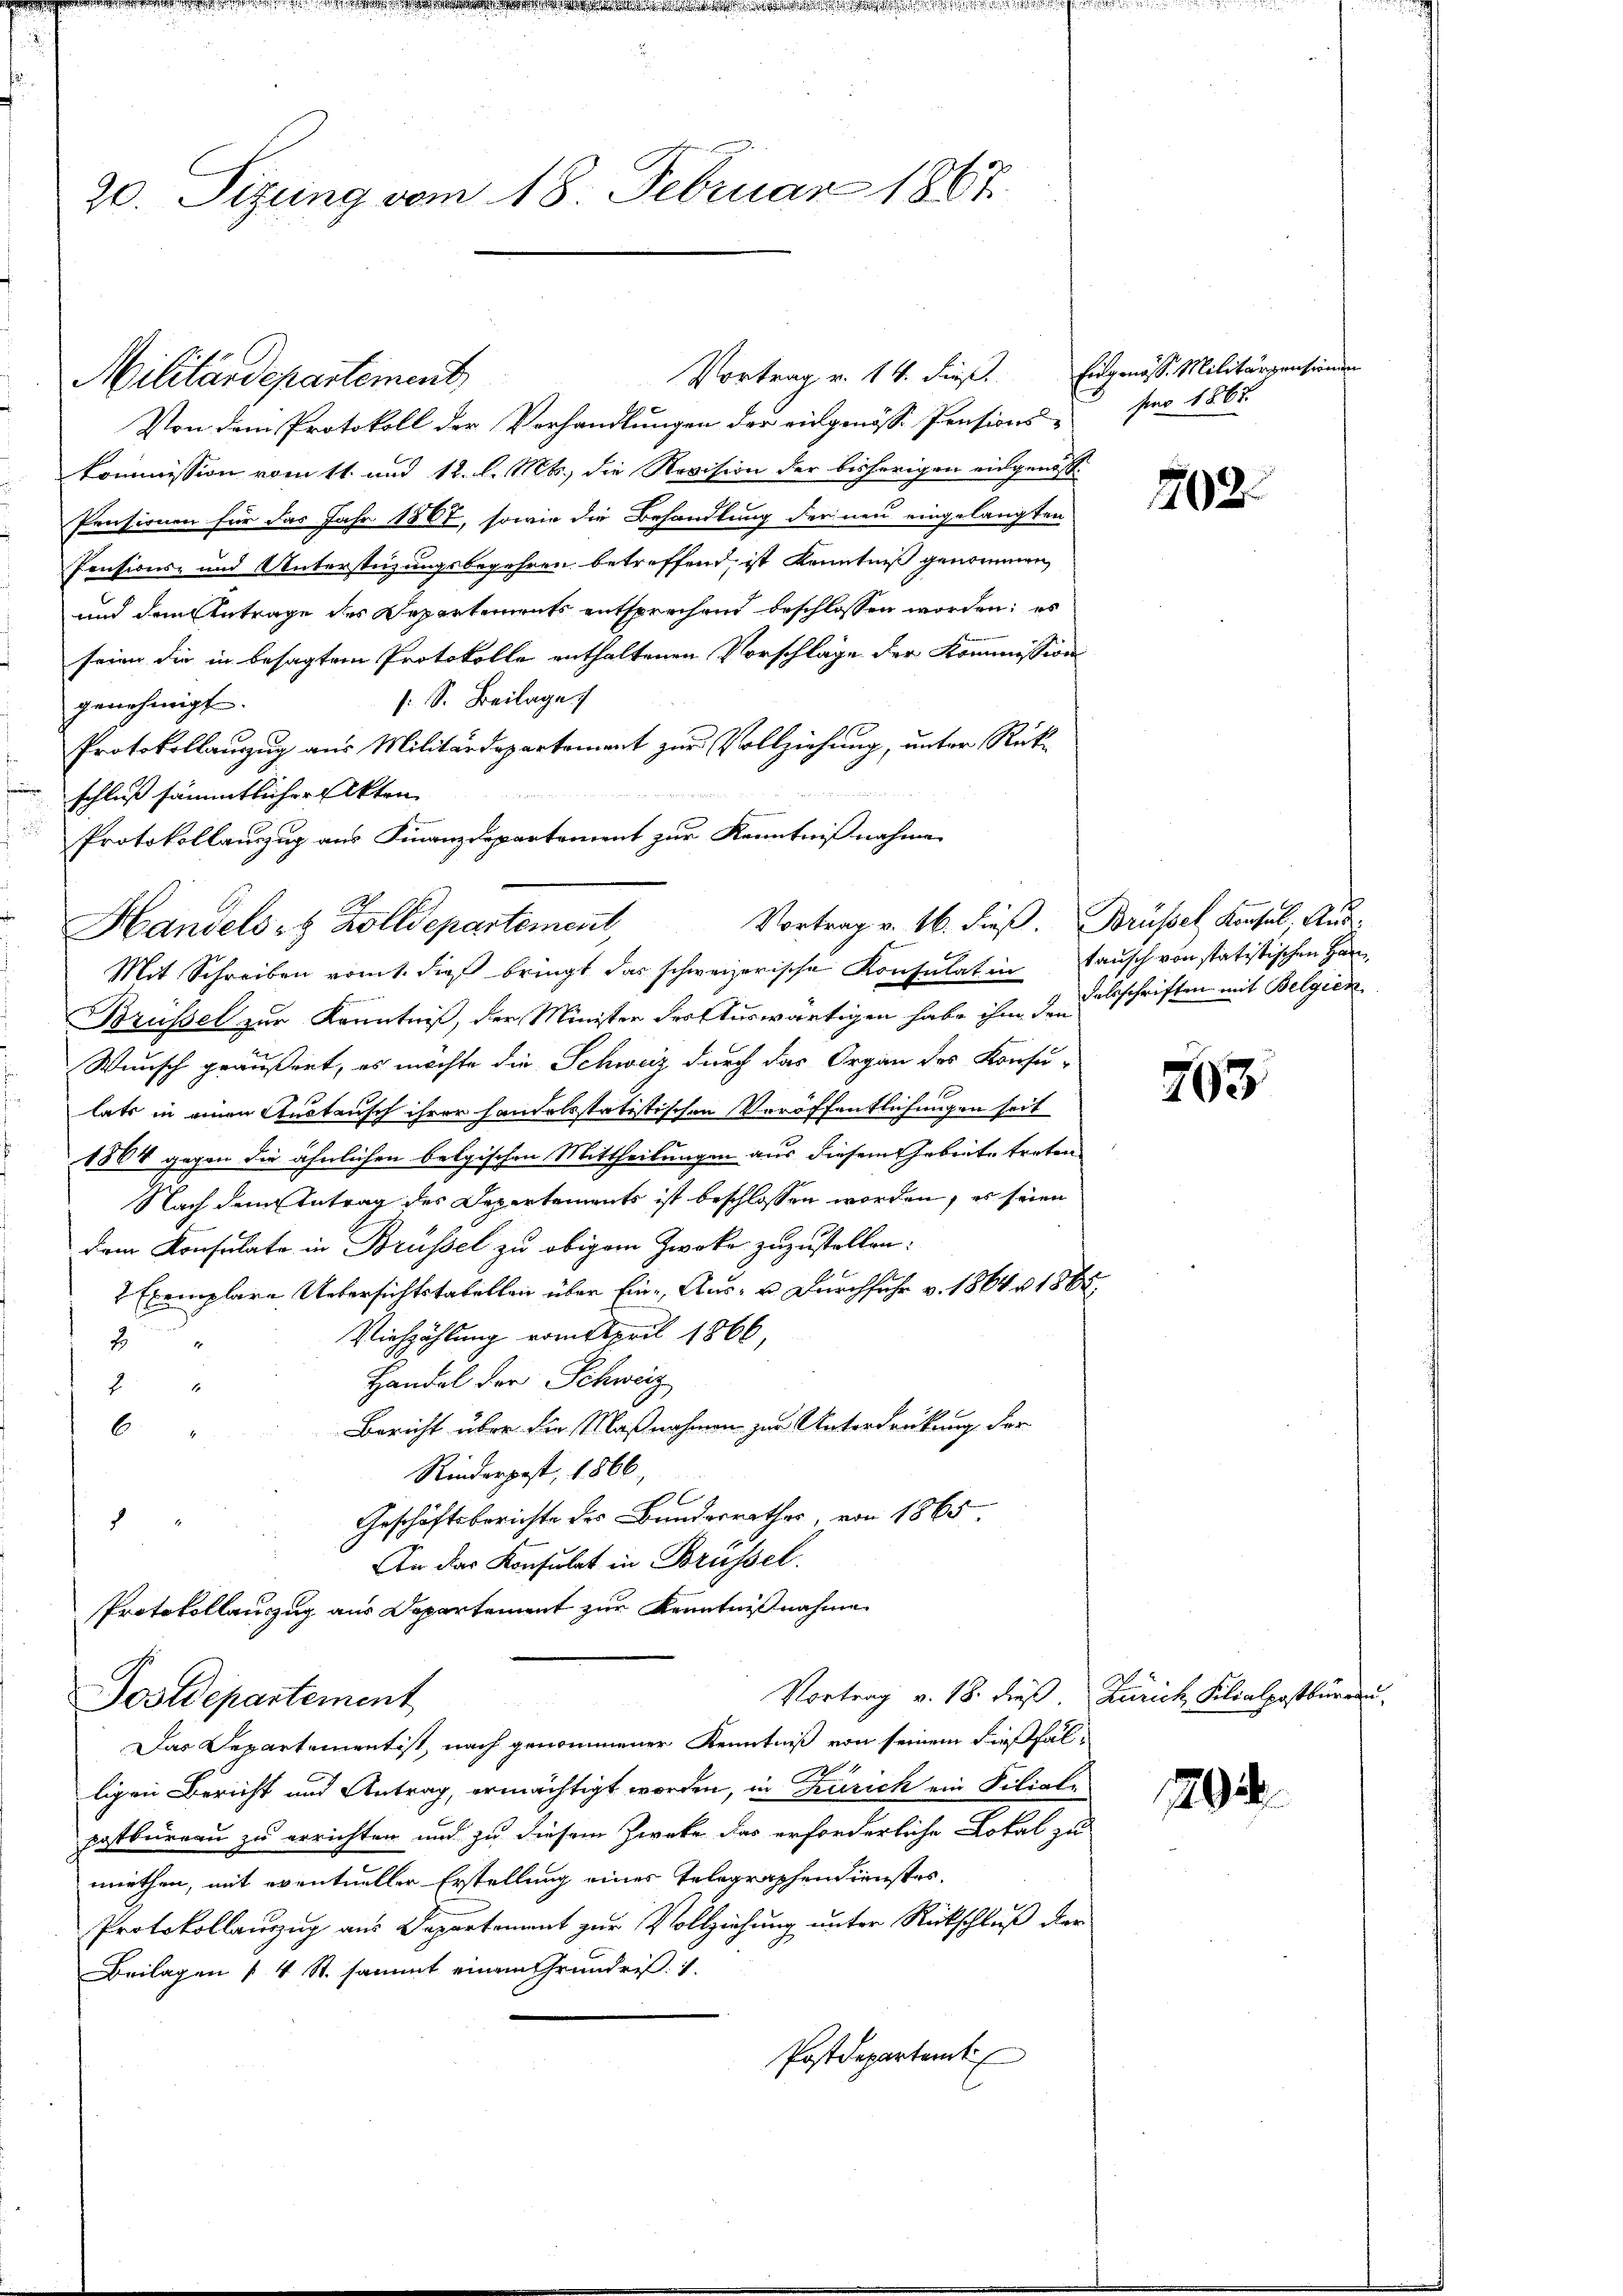
20. Sitzung vom 18. Februar 1867.

Von dem Protokoll der Verhandlungen der eidgenösse Pensions-
kommission vom 11. und 12. l. Mts., die Revision der bisherigen eidgenös¬
Pensionen für das Jahr 1867, sowie die Behandlung der neu eingelangten
Pensions- und Unterstüzungsbegehren betreffend, ist Kenntniß genommen,
und dem Antrage des Departements entsprechend beschlossen worden; es
seiner die in besagtem Protokolle enthaltenen Vorschläge der Kommission
s. S. Beilage
genehmigt.
Protokollauszug aus Militärdepartement zur Vollziehung, unter Rück-
n schluß sämmtlicher Akten
Mit Schreiben romt, dieß bringt das schweizerische Konsulat in Tausch von statistischen Han¬
Brüssel zur Kenntniß, der Minister der Auswärtigen habe ihm den Falsschriften mit Belgien
Wunsch geäußert, es möchte die Schweiz durch das Organ des Konsu-
latz in einen Ansteusch ihrer handelsstatistischen Veröffentlichungen seit
1864 gegen die ähnlichen belgischen Mittheilungen aus diesem Arbeite treten
Nach dem Antrag des Departements ist beschlossen worden, es seien
dem Konsulate in Brüssel zu obigem Zweke zuzustellen.
2 Exemplare Uebersichtstabellen über Eine Aus- u. Durchfuhr v. 1864 n 1885.
Viehzählung vom April 1866,
g
Handel der Schweiz
2
Bericht über die Maßnahmen zur Unterdrückung der
6
Rinderpost, 1866,
Geschäftsberichte des Bundesrathes, von 1865.
2
An das Konsulat in Brüssel.
Protokollauszug aus Departement zur Kenntnißnahme
Vortrag v. 18. dieß. Zürich Filialpostbureau
Postdepartement
Das Departementist nach genommener Kenntniß von seinem dießfälligen Bericht und Antrag, ermächtigt worden, in Zürich ein Filialpostbureau zu errichten und zu diesem Zweke das erforderliche Lokal zu
miethen, mit eventueller Erstellung einer Telegraphen dienstes.
Protokollauszug aus Departement zur Vollziehung unter Rückschluß der
Beilagen 4 St. sammt einem Grundris. 1.
Postdepartamt

Militärdepartement,

Protokollauszug aus Finanzdepartement zur Kenntnißnahme
Handels- & Zolldepartement,

Vortrag v. 14. dieß. Eingenöss. Militärzensions

Vortrag v. 16. dieß. Brüssel Konsul. Aus¬

pro 1867.

702.

703

292